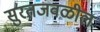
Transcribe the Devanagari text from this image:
सुरतजवळील